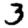
Digit: 3